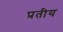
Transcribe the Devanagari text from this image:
प्रतीय